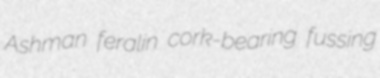
Ashman feralin cork-bearing fussing